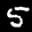
Label: 5